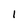
Character: l